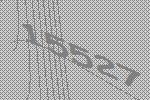
15527